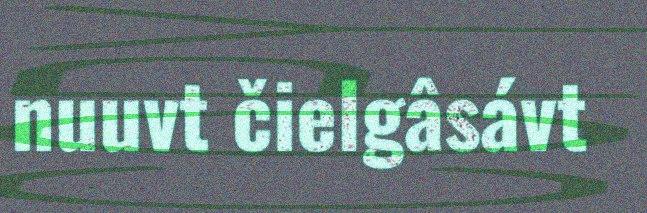
nuuvt čielgâsávt